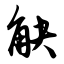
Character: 觖